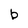
Character: b